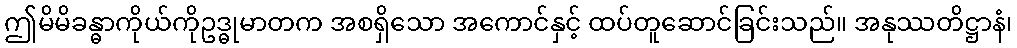
ဤမိမိခန္ဓာကိုယ်ကိုဥဒ္ဓုမာတက အစရှိသော အကောင်နှင့် ထပ်တူဆောင်ခြင်းသည်။ အနုဿတိဋ္ဌာနံ၊